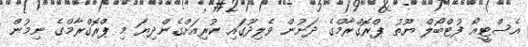
އެސްޓީއޯ ފުޓްބޯލް ޔޫތު ޕްރޮގްރާމްގެ ދަށުން ވެލިދޫގައި ކުރިއަށްގެންދިޔަ މި ޕްރޮގްރާމްގެ ނިމުން